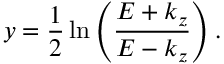
y = \frac { 1 } { 2 } \ln \left( { \frac { E + k _ { z } } { E - k _ { z } } } \right) .